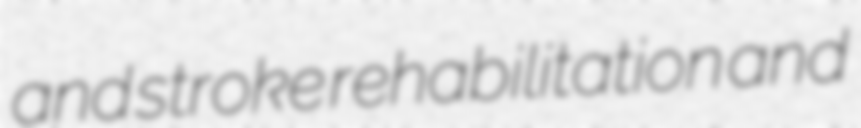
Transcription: and stroke rehabilitation and